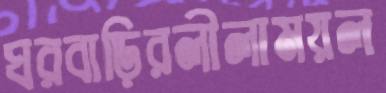
ঘরবাড়িরলীলাময়ল